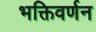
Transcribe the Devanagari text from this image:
भक्तिवर्णन